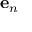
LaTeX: \mathbf { e } _ { n }